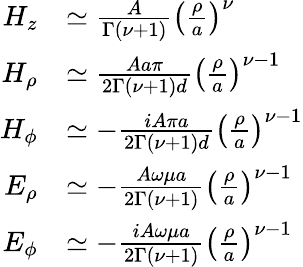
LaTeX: \begin{array}{rl}{H_{z}}&{\simeq\frac{A}{\Gamma\left(\nu+1\right)}\left(\frac{\rho}{a}\right)^{\nu}}\\ {H_{\rho}}&{\simeq\frac{Aa\pi}{2\Gamma\left(\nu+1\right)d}\left(\frac{\rho}{a}\right)^{\nu-1}}\\ {H_{\phi}}&{\simeq-\frac{iA\pi a}{2\Gamma(\nu+1)d}\left(\frac{\rho}{a}\right)^{\nu-1}}\\ {E_{\rho}}&{\simeq-\frac{A\omega\mu a}{2\Gamma(\nu+1)}\left(\frac{\rho}{a}\right)^{\nu-1}}\\ {E_{\phi}}&{\simeq-\frac{iA\omega\mu a}{2\Gamma(\nu+1)}\left(\frac{\rho}{a}\right)^{\nu-1}}\end{array}